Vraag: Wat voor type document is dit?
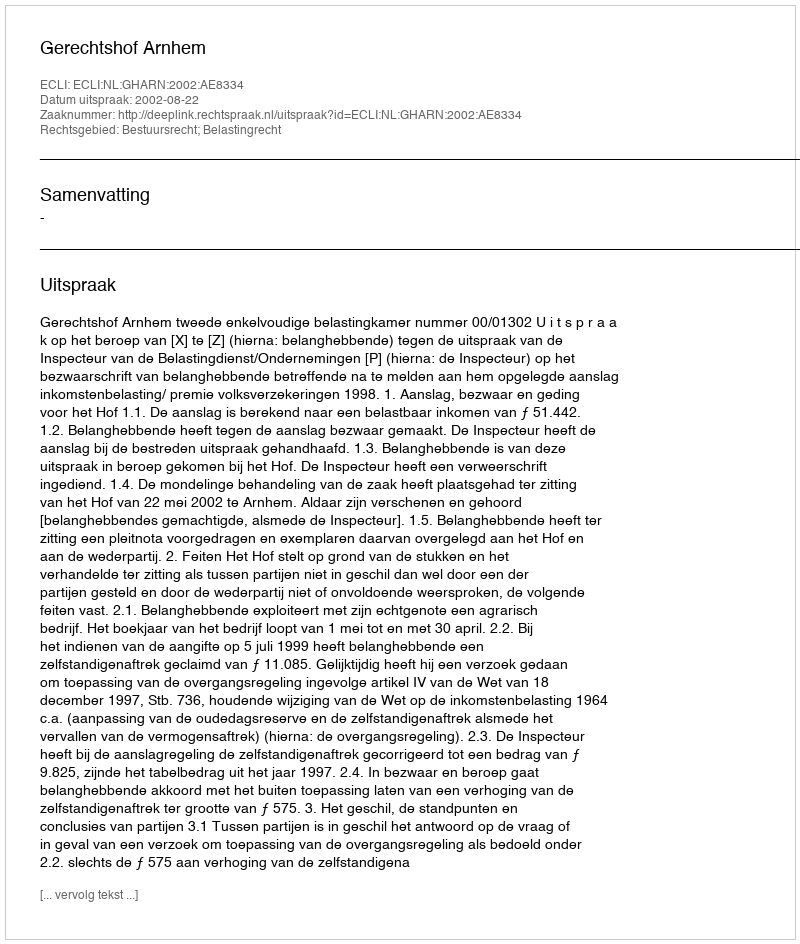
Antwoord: Uitspraak